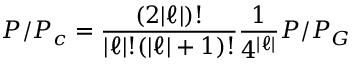
P / P _ { c } = \frac { ( 2 \vert \ell \vert ) ! } { \vert \ell \vert ! ( \vert \ell \vert + 1 ) ! } \frac { 1 } { 4 ^ { \vert \ell \vert } } P / P _ { G }